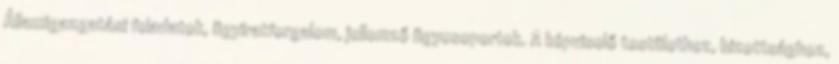
Államigazgatási feladatok, ügyiratforgalom, jellemző ügycsoportok. A képviselő testülethez, bizottsághoz,